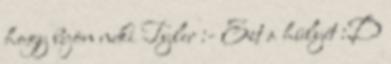
hogy bejön neki Tyler :- Ezt a hülyét :D